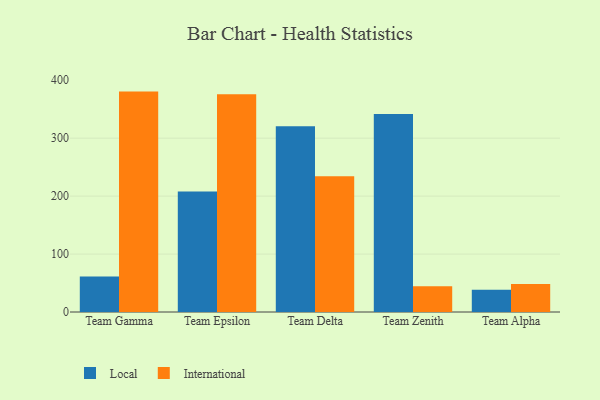
{"axis": {"x": "Team", "y": "Customer Acquisition Cost (USD)"}, "legend": ["International", "Local"], "data": [{"x": "Team Gamma", "y": 61.4, "type": "Local"}, {"x": "Team Gamma", "y": 380.4, "type": "International"}, {"x": "Team Epsilon", "y": 208.1, "type": "Local"}, {"x": "Team Epsilon", "y": 375.8, "type": "International"}, {"x": "Team Delta", "y": 320.8, "type": "Local"}, {"x": "Team Delta", "y": 234.2, "type": "International"}, {"x": "Team Zenith", "y": 341.6, "type": "Local"}, {"x": "Team Zenith", "y": 44.3, "type": "International"}, {"x": "Team Alpha", "y": 38.3, "type": "Local"}, {"x": "Team Alpha", "y": 48.2, "type": "International"}]}